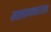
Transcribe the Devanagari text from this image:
मालवणकरांसह